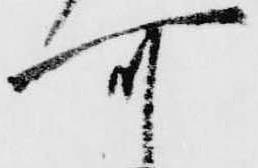
可